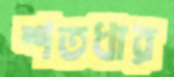
শতধার